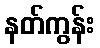
နတ်ကွန်း